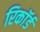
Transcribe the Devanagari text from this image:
रिकाॅर्ड